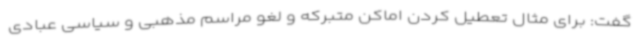
گفت: برای مثال تعطیل کردن اماکن متبرکه و لغو مراسم مذهبی و سیاسی عبادی